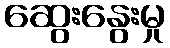
ဆွေးနွေးမှု